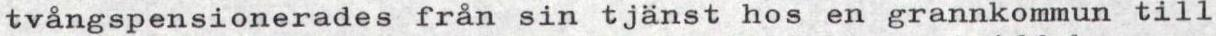
tvångspensionerades från sin tjänst hos en grannkommun till